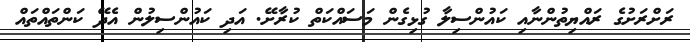
ރަށްރަށުގެ ރައްޔިތުންނާއި ކައުންސިލާ ގުޅިގެން މަސައްކަތް ކުރާށޭ. އަދި ކައުންސިލުން އެދޭ ކަންތައްތައް